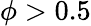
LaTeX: \phi>0.5